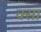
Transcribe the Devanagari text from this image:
क्सा